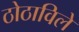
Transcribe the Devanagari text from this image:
ठोठाविले